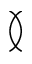
\between